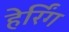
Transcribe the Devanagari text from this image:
हेर्रिंग